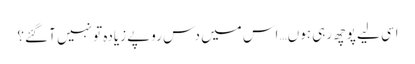
اسی لیے پوچھ رہی ہوں… اس میں دس روپے زیادہ تو نہیں آ گئے؟